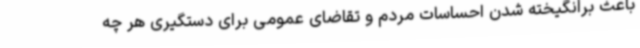
باعث برانگیخته شدن احساسات مردم و تقاضای عمومی برای دستگیری هر چه